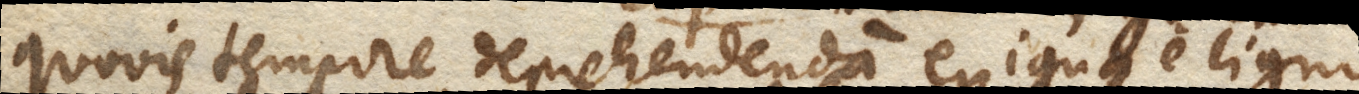
quovis tempore deprehendendam exigua e ligno